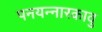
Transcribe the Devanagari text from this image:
पनयन्नारकावु